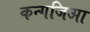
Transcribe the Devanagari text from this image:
कन्गजिआ